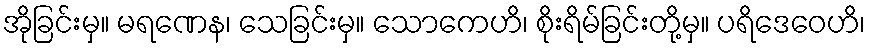
အိုခြင်းမှ။ မရဏေန၊ သေခြင်းမှ။ သောကေဟိ၊ စိုးရိမ်ခြင်းတို့မှ။ ပရိဒေဝေဟိ၊